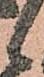
候